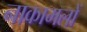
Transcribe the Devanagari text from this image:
नाकामलों